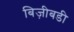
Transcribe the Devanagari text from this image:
बिज़ीबडी